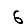
Digit: 6